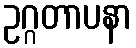
ဥဂ္ဂတာပနာ